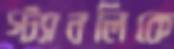
স্ট্যানলিকে